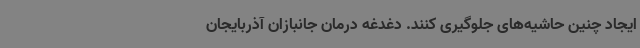
ایجاد چنین حاشیه‌های جلوگیری کنند.‌ دغدغه درمان جانبازان آذربایجان